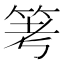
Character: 𥬯